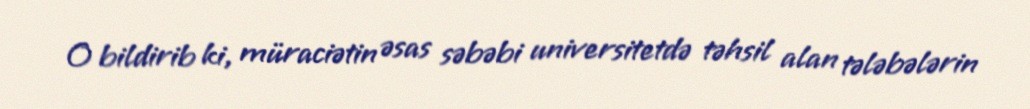
O bildirib ki, müraciətin əsas səbəbi universitetdə təhsil alan tələbələrin